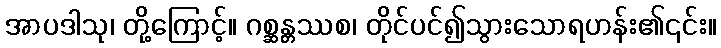
အာပဒါသု၊ တို့ကြောင့်။ ဂစ္ဆန္တ္တဿစ၊ တိုင်ပင်၍သွားသောရဟန်း၏၎င်း။